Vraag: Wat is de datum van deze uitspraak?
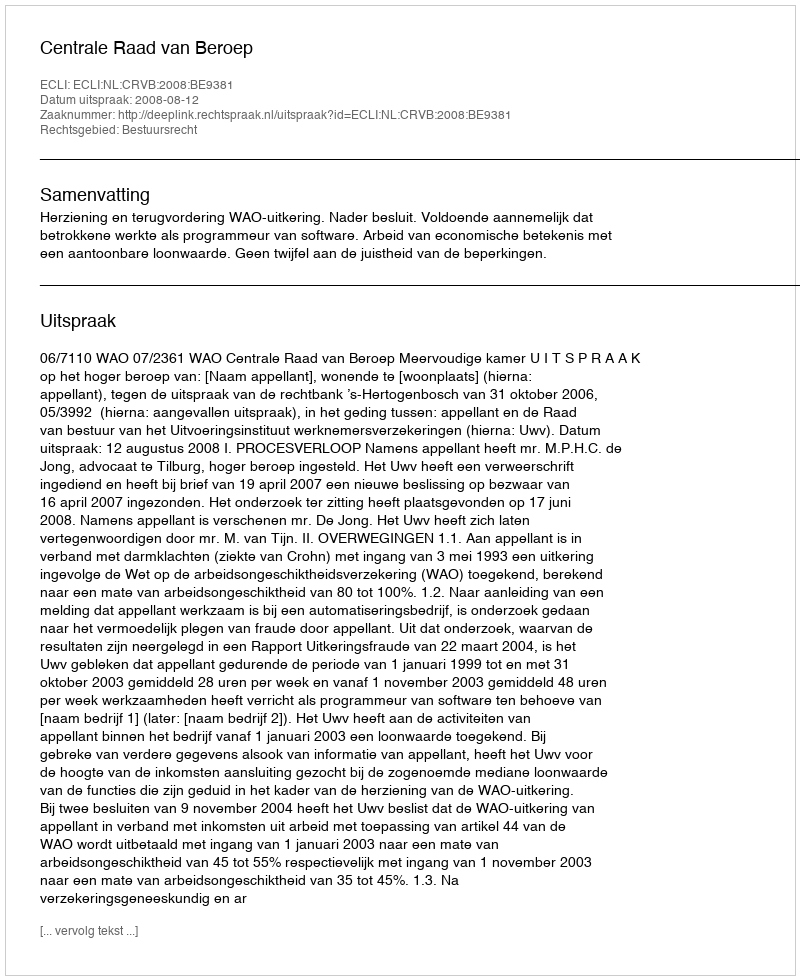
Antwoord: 2008-08-12